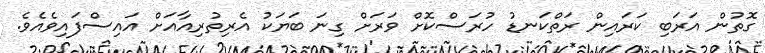
ގޮތުން އަރަބި ކަރައިން ރަތްކަނޑު ހުރަސްކޮށް ވަރަށް ގިނަ ބަޔަކު އެރިތުރިއާއަށް އައިސްފައިވެއެވެ.